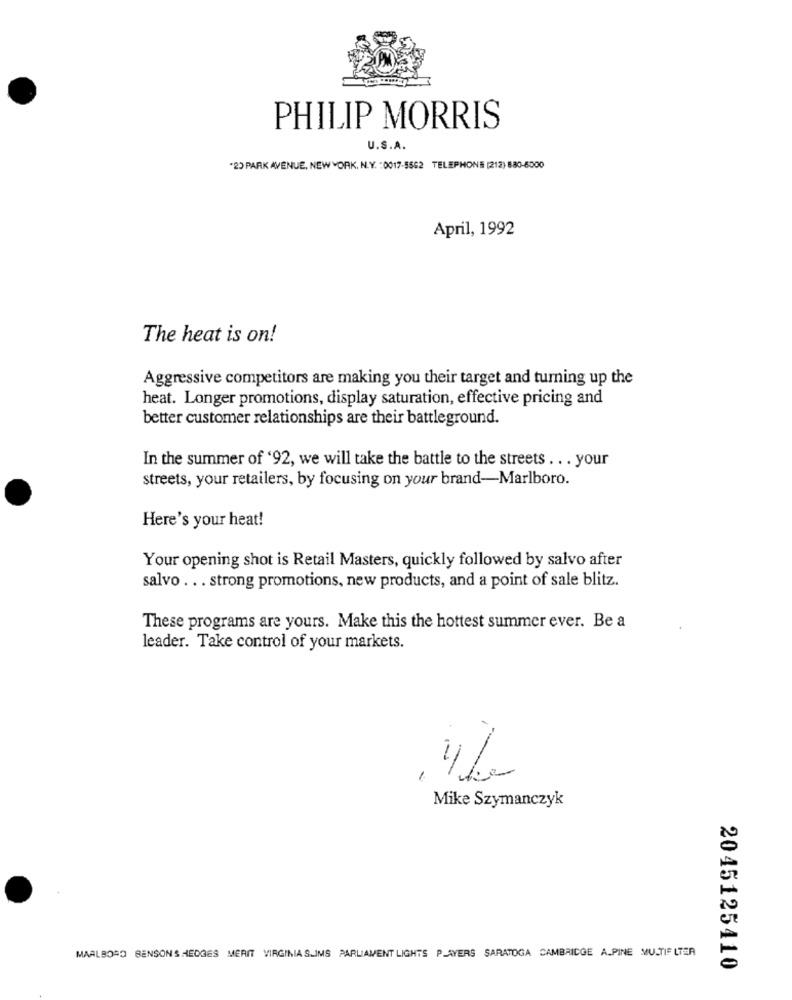
PHILIP MORRIS
U.S.A.
"23 PARK AVENUE, NEW YORK, N.Y. : 0017-5562 TELEPHONE (212) 880-6000
April, 1992
The heat is on!
Aggressive competitors are making you their target and turning up the
heat. Longer promotions, display saturation, effective pricing and
better customer relationships are their battleground.
In the summer of '92, we will take the battle to the streets . . . your
streets, your retailers, by focusing on your brand-Marlboro.
Here's your heat!
Your opening shot is Retail Masters, quickly followed by salvo after
salvo ... strong promotions, new products, and a point of sale blitz.
These programs are yours. Make this the hottest summer ever. Be a
leader. Take control of your markets.
1
Mike Szymanczyk
MARLBORO BENSONS HEDGES MERIT VIRGINIA SLIMS PARLIAMENT LIGHTS PLAYERS SARATOGA CAMBRIDGE ALPINE MULTIF LTER
2045125410